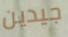
جيدين